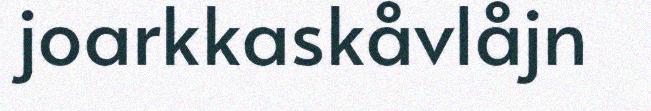
joarkkaskåvlåjn